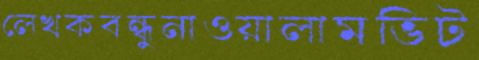
লেখকবন্ধুনাওয়ালামভিট